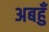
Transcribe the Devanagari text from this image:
अबहुँ